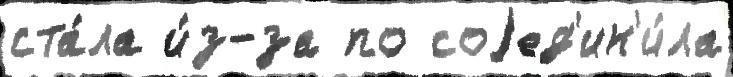
ста́ла и́з-за по соjед'ин'и́ла